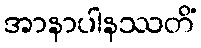
အာနာပါနဿတိံ